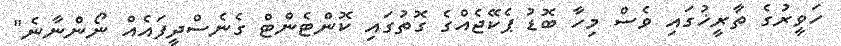
ހަވީރުގެ ތާރީޚުގައި ވެސް މިހާ ބޮޑު ޕެކޭޖެއްގެ ގޮތުގައި ކޮންޓެންޓް ގެނެސްދީފައެއް ނޯންނާނެ"